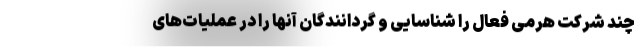
چند شرکت هرمی فعال را شناسایی و گردانندگان آنها را در عملیات‌های